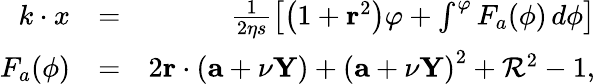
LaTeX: \begin{array}{rlr}{k\cdot x}&{=}&{\frac{1}{2\eta s}\left[\left(1+\mathbf{r}^{2}\right)\varphi+\int^{\varphi}F_{a}(\phi)\, d\phi\right]}\\ {F_{a}(\phi)}&{=}&{2\mathbf{r}\cdot(\mathbf{a}+\nu\mathbf{Y})+\left(\mathbf{a}+\nu\mathbf{Y}\right)^{2}+\mathcal{R}^{2}-1,}\end{array}